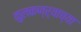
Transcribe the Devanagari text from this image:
कुलकण्र्याच्या